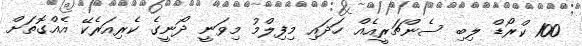
100 ކްރޯޑް ލިބި ސެންޗަރީއެއް ހަދައި މިފިލްމު މިވަނީ ދޯނީގެ ކެރިއަރެކޭ އެއްގޮތަށް